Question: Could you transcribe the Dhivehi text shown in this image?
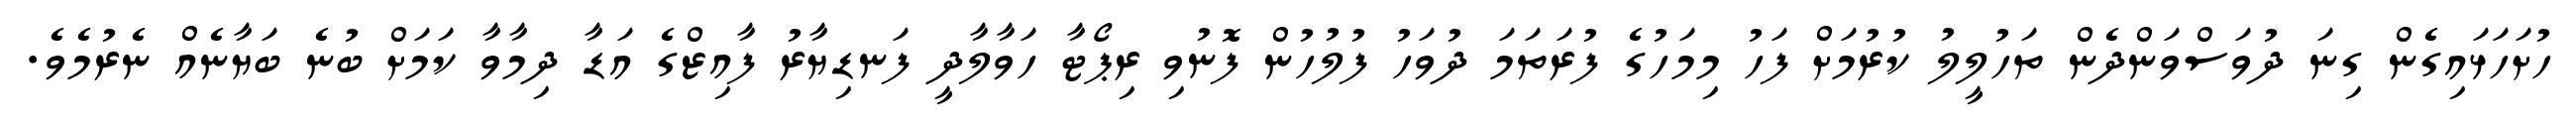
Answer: ހުށަހަޅައިގެން ގިނަ ދުވަސްވަންދެން ތަހުލީލު ކުރުމަށް ފަހު މިމަހުގެ ފުރަތަމަ ދުވަހު ފުލުހުން ފޮނުވި ރިޕޯޓާ ހަވާލާދީ ފަނޑިޔާރު ފާއިޒްގެ އަޑާ ދިމާވާ ކަމަށް ބުނެ ބަޔާނެއް ނެރުމެވެ.